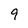
Character: 9